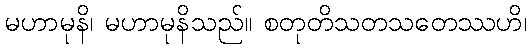
မဟာမုနိ၊ မဟာမုနိသည်။ စတုတိသတသတေဿဟိ၊